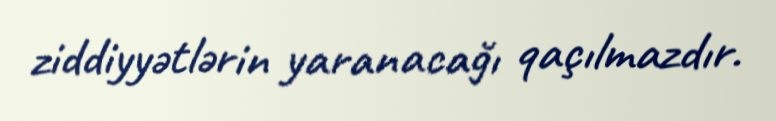
ziddiyyətlərin yaranacağı qaçılmazdır.